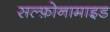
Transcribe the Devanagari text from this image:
सल्‍फ़ोनामाइड